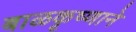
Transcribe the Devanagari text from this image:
बाळकृष्णाने